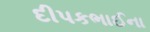
દીપકભાઈના